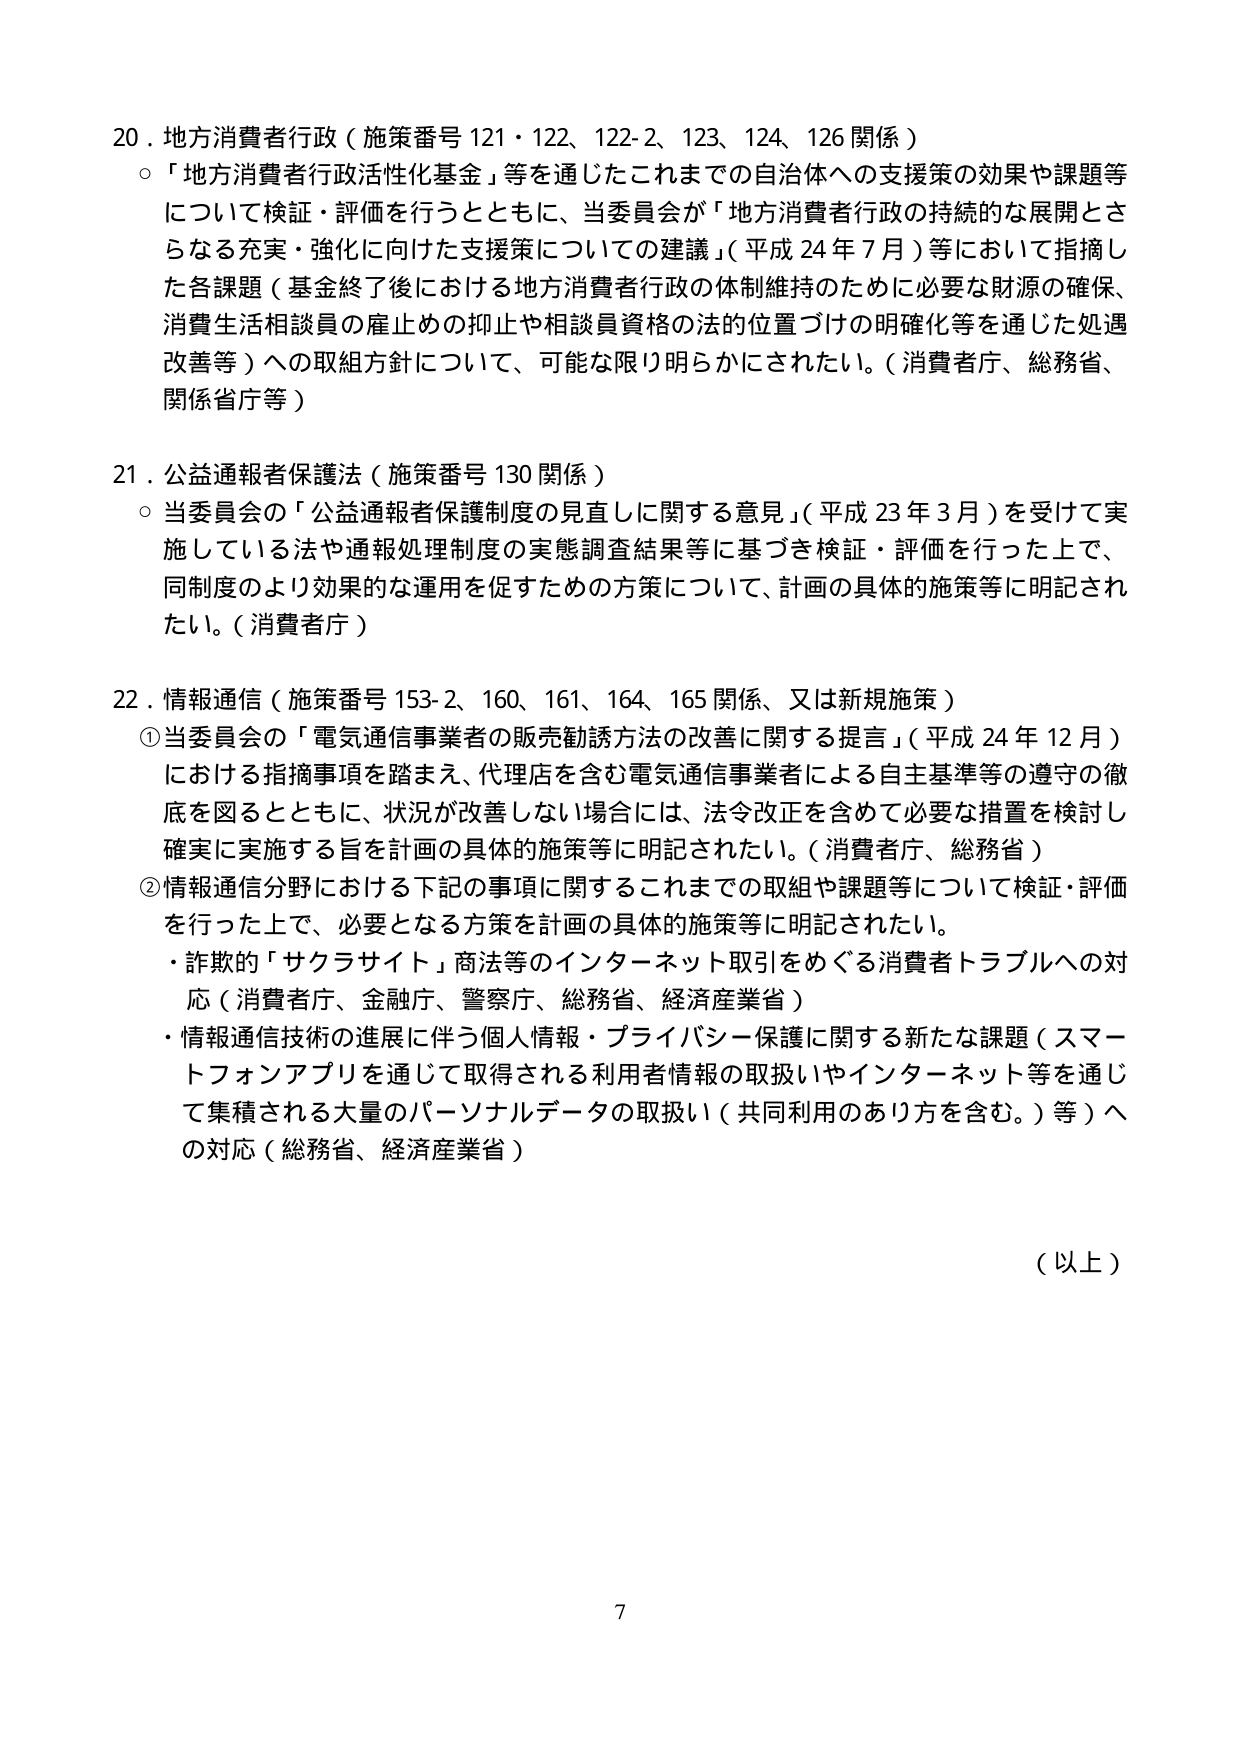
20．地方消費者行政（施策番号 121・122、122-2、123、124、126 関係）
○「地方消費者行政活性化基金」等を通じたこれまでの自治体への支援策の効果や課題等について検証・評価を行うとともに、当委員会が「地方消費者行政の持続的な展開とさらなる充実・強化に向けた支援策についての建議」（平成 24 年 7 月）等において指摘した各課題（基金終了後における地方消費者行政の体制維持のために必要な財源の確保、消費生活相談員の雇止めの抑止や相談員資格の法的位置づけの明確化等を通じた処遇改善等）への取組方針について、可能な限り明らかにされたい。（消費者庁、総務省、関係省庁等）

21．公益通報者保護法（施策番号 130 関係）
○当委員会の「公益通報者保護制度の見直しに関する意見」（平成 23 年 3 月）を受けて実施している法や通報処理制度の実態調査結果等に基づき検証・評価を行った上で、同制度のより効果的な運用を促すための方策について、計画の具体的施策等に明記されたい。（消費者庁）

22．情報通信（施策番号 153-2、160、161、164、165 関係、又は新規施策）
①当委員会の「電気通信事業者の販売勧誘方法の改善に関する提言」（平成 24 年 12 月）における指摘事項を踏まえ、代理店を含む電気通信事業者による自主基準等の遵守の徹底を図るとともに、状況が改善しない場合には、法令改正を含めて必要な措置を検討し確実に実施する旨を計画の具体的施策等に明記されたい。（消費者庁、総務省）
②情報通信分野における下記の事項に関するこれまでの取組や課題等について検証・評価を行った上で、必要となる方策を計画の具体的施策等に明記されたい。
・詐欺的「サクラサイト」商法等のインターネット取引をめぐる消費者トラブルへの対応（消費者庁、金融庁、警察庁、総務省、経済産業省）
・情報通信技術の進展に伴う個人情報・プライバシー保護に関する新たな課題（スマートフォンアプリを通じて取得される利用者情報の取扱いやインターネット等を通じて集積される大量のパーソナルデータの取扱い（共同利用のあり方を含む。）等）への対応（総務省、経済産業省）

（以上）

7